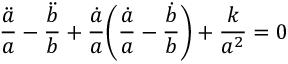
\frac { \ddot { a } } { a } - \frac { \ddot { b } } { b } + \frac { \dot { a } } { a } \Bigg ( \frac { \dot { a } } { a } - \frac { \dot { b } } { b } \Bigg ) + \frac { k } { a ^ { 2 } } = 0